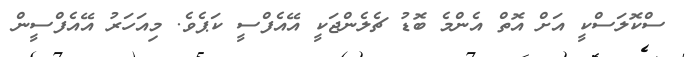
ސްކޮލަސްކީ އަށް އޮތް އެންމެ ބޮޑު ޗެލެންޖަކީ އޭއެފްސީ ކަޕެވެ. މިއަހަރު އޭއެފްސީން